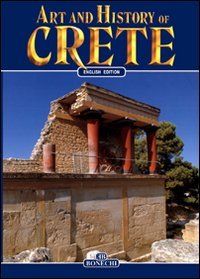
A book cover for Art and History of Crete (Bonechi Art and History Series); Mario Iozzi; Travel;